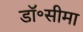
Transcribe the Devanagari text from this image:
डॉ॰सीमा